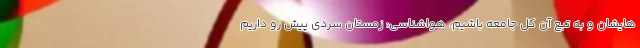
هایشان و به تبع آن کل جامعه باشیم. هواشناسی: زمستان سردی پیش رو داریم